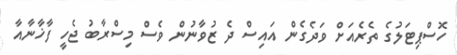
ހޮސްޕިޓަލުގެ ތެރެއަށް ވަދެގެން އައިސް ދެ ޒުވާނުން ވެސް މިސްރާބު ޖެހީ ފާޚާނާއާ